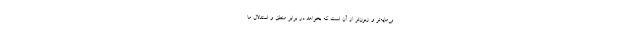
بی‌مایه‌تر و زبون‌تر از آن است که بخواهد در برابر منطق و استدلال ما